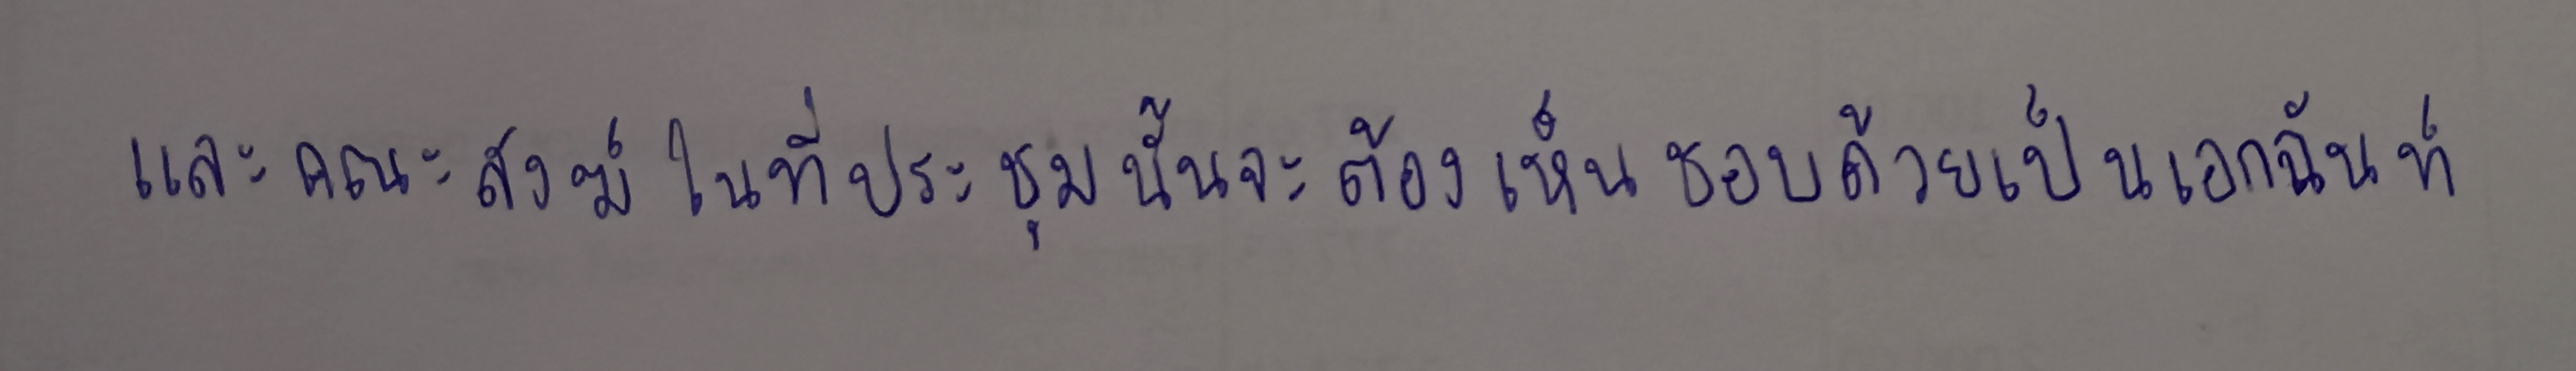
และคณะสงฆ์ในที่ประชุมนั้นจะต้องเห็นชอบด้วยเป็นเอกฉันท์